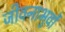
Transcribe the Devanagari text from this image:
जीवनाभुवों